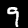
Digit: 9